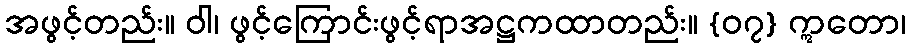
အဖွင့်တည်း။ ဝါ၊ ဖွင့်ကြောင်းဖွင့်ရာအဋ္ဌကထာတည်း။ {၀၇} ဣတော၊